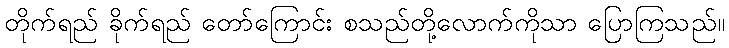
တိုက်ရည် ခိုက်ရည် တော်ကြောင်း စသည်တို့လောက်ကိုသာ ပြောကြသည်။